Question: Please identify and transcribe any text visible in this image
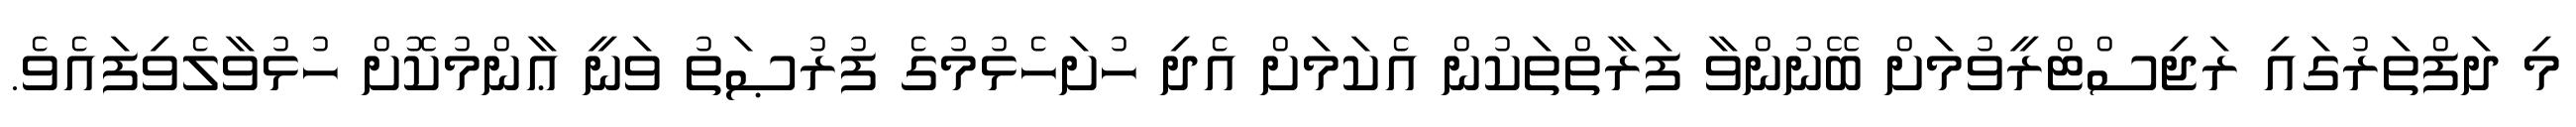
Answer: މި ދަފްތަރުގައި ރަޖިސްޓްރީވުމަށް ބޭނުންވާ ފަރާތްތަކުން އެކަމަށް އެދި ހުށަހެޅުމުގެ ފުރުޞަތު ވަނީ ޢާންމުކޮށް ހުޅުވާލެވިފައެވެ.